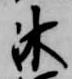
沐